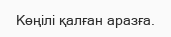
Көңілі қалған аразға.